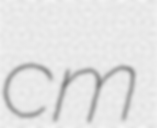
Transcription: cm